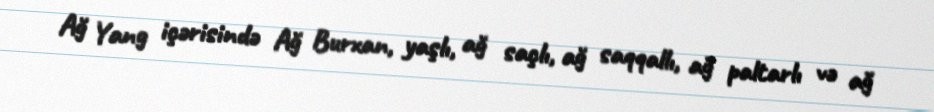
Ağ Yang içərisində Ağ Burxan, yaşlı, ağ saçlı, ağ saqqallı, ağ paltarlı və ağ